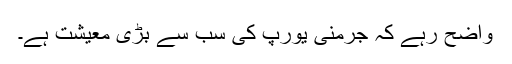
واضح رہے کہ جرمنی یورپ کی سب سے بڑی معیشت ہے۔